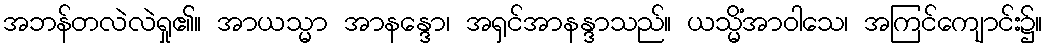
အဘန်တလဲလဲရှု၏။ အာယသ္မာ အာနန္ဒော၊ အရှင်အာနန္ဒာသည်။ ယသ္မိံအာဝါသေ၊ အကြင်ကျောင်း၌။